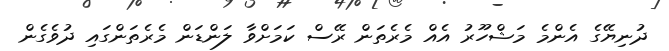
ދުނިޔޭގެ އެންމެ މަޝްހޫރު އެއް މެރެތަން ރޭސް ކަމަށްވާ ލަންޑަން މެރެތަންގައި ދުވެގެން